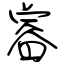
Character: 睿